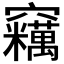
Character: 𱷡